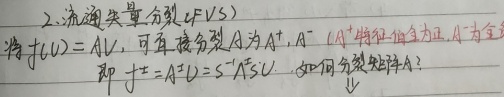
2. 流函数: 分裂（$FVS$）将$f(U)=AV$，可直接分裂$A$为$A^{+}, A^{-}$（$A^{+}$特征值为正，$A^{-}$为负）即$f^{\pm}=A^{\pm}U = S^{\mp} \Lambda^{\pm}S U$. 如何分裂矩阵$A$?